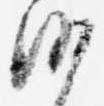
沙